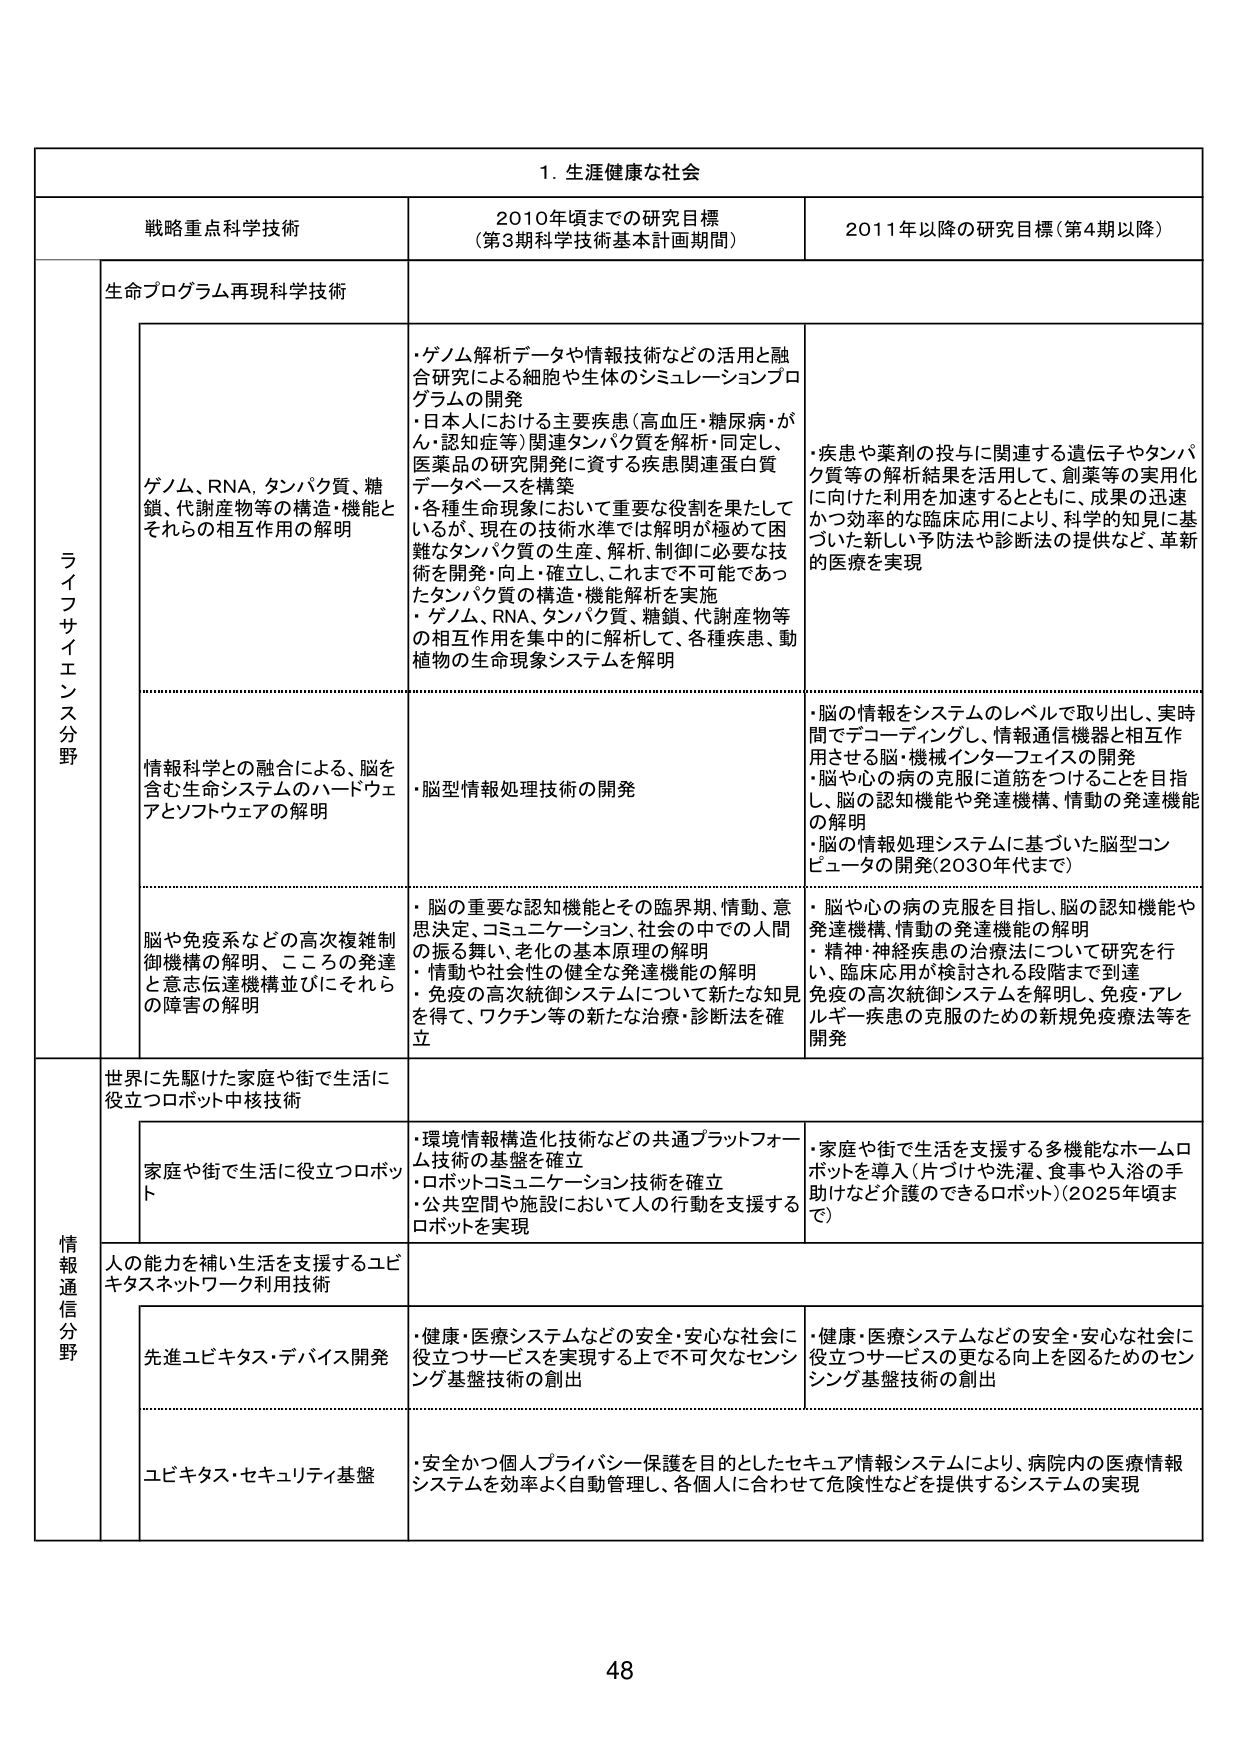
1. 生涯健康な社会

戦略重点科学技術 2010年頃までの研究目標 （第3期科学技術基本計画期間） 2011年以降の研究目標（第4期以降）

ライフサイエンス分野

生命プログラム再現科学技術

ゲノム、RNA、タンパク質、糖鎖、代謝産物等の構造・機能とそれらの相互作用の解明

・ゲノム解析データや情報技術などの活用と融合研究による細胞や生体のシミュレーションプログラムの開発
・日本人における主要疾患（高血圧・糖尿病・がん・認知症等）関連タンパク質を解析・同定し、医薬品の研究開発に資する疾患関連蛋白質データベースを構築
・各種生命現象において重要な役割を果たしているが、現在の技術水準では解明が極めて困難なタンパク質の生産、解析、制御に必要な技術を開発・向上・確立し、これまで不可能であったタンパク質の構造・機能解析を実施
・ゲノム、RNA、タンパク質、糖鎖、代謝産物等の相互作用を集中的に解析して、各種疾患、動植物の生命現象システムを解明

・疾患や薬剤の投与に関連する遺伝子やタンパク質等の解析結果を活用して、創薬等の実用化に向けた利用を加速するとともに、成果の迅速かつ効率的な臨床応用により、科学的知見に基づいた新しい予防法や診断法の提供など、革新的医療を実現

情報科学との融合による、脳を含む生命システムのハードウェアとソフトウェアの解明

・脳型情報処理技術の開発

・脳の情報をシステムのレベルで取り出し、実時間でデコーディングし、情報通信機器と相互作用させる脳・機械インターフェイスの開発
・脳や心の病の克服に道筋をつけることを目指し、脳の認知機能や発達機構、情動の発達機能の解明
・脳の情報処理システムに基づいた脳型コンピュータの開発（2030年代まで）

脳や免疫系などの高次複雑制御機構の解明、こころの発達と意思伝達機構並びにそれらの障害の解明

・脳の重要な認知機能とその臨界期、情動、意思決定、コミュニケーション、社会の中での人間の振る舞い、老化の基本原理の解明
・情動や社会性の健全な発達機能の解明
・免疫の高次統御システムについて新たな知見を得て、ワクチン等の新たな治療・診断法を確立

・脳や心の病の克服を目指し、脳の認知機能や発達機構、情動の発達機能の解明
・精神・神経疾患の治療法について研究を行い、臨床応用が検討される段階まで到達
・免疫の高次統御システムを解明し、免疫・アレルギー疾患の克服のための新規免疫療法等を開発

情報通信分野

世界に先駆けた家庭や街で生活に役立つロボット中核技術

家庭や街で生活に役立つロボット

・環境情報構造化技術などの共通プラットフォーム技術の基盤を確立
・ロボットコミュニケーション技術を確立
・公共空間や施設において人の行動を支援するロボットを実現

・家庭や街で生活を支援する多機能なホームロボットを導入（片づけや洗濯、食事や入浴の手助けなど介護のできるロボット）（2025年頃まで）

人の能力を補い生活を支援するユビキタスネットワーク利用技術

先進ユビキタス・デバイス開発

・健康・医療システムなどの安全・安心な社会に役立つサービスを実現する上で不可欠なセンシング基盤技術の創出

・健康・医療システムなどの安全・安心な社会に役立つサービスの更なる向上を図るためのセンシング基盤技術の創出

ユビキタス・セキュリティ基盤

・安全かつ個人プライバシー保護を目的としたセキュア情報システムにより、病院内の医療情報システムを効率よく自動管理し、各個人に合わせて危険性などを提供するシステムの実現

48